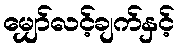
မျှော်လင့်ချက်နှင့်